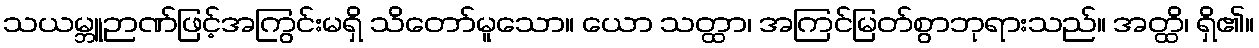
သယမ္ဘူဉာဏ်ဖြင့်အကြွင်းမရှိ သိတော်မူသော။ ယော သတ္ထာ၊ အကြင်မြတ်စွာဘုရားသည်။ အတ္ထိ၊ ရှိ၏။